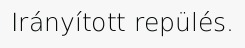
Irányított repülés.